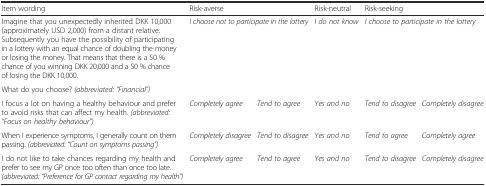
| Item wording | <COLSPAN=2> Risk-averse | Risk-neutral | <COLSPAN=2> Risk-seeking |
 | --- | --- | --- | --- | --- | --- |
 | Imagine that you unexpectedly inherited DKK 10,000 (approximately USD 2,000) from a distant relative. Subsequently you have the possibility of participating in a lottery with an equal chance of doubling the money or losing the money. That means that there is a 50 % chance of you winning DKK 20,000 and a 50 % chance of losing the DKK 10,000. | <ROWSPAN=2-COLSPAN=2> I choose not to participate in the lottery | <ROWSPAN=2> I do not know | <ROWSPAN=2-COLSPAN=2> I choose to participate in the lottery |
 | What do you choose? (abbreviated: “Financial”) |
 | I focus a lot on having a healthy behaviour and prefer to avoid risks that can affect my health. (abbreviated: “Focus on healthy behaviour”) | Completely agree | Tend to agree | Yes and no | Tend to disagree | Completely disagree |
 | When I experience symptoms, I generally count on them passing. (abbreviated: “Count on symptoms passing”) | Completely disagree | Tend to disagree | Yes and no | Tend to agree | Completely agree |
 | I do not like to take chances regarding my health and prefer to see my GP once too often than once too late. (abbreviated: “Preference for GP contact regarding my health”) | Completely agree | Tend to agree | Yes and no | Tend to disagree | Completely disagree |